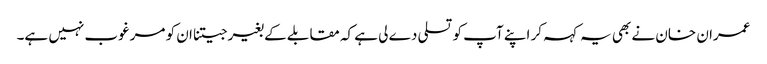
عمران خان نے بھی یہ کہہ کر اپنے آپ کو تسلی دے لی ہے کہ مقابلے کے بغیر جیتنا ان کو مرغوب نہیں ہے۔